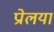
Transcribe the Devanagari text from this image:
प्रोलया